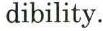
dibility.